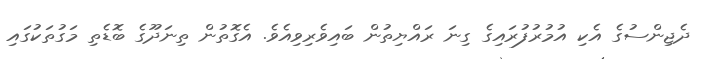
ދެޖިންސުގެ އެކި އުމުރުފުރައިގެ ގިނަ ރައްޔިތުން ބައިވެރިވިއެވެ. އެގޮތުން ތިނަދޫގެ ބޮޑެތި މަގުތަކުގައި